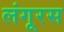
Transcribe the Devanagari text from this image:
लंगूरस